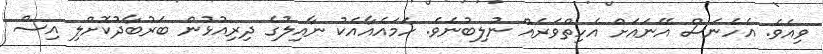
ވިއެވެ. އެހެނަސް އޭނައަށް އެހިތްވަރެއް ނުލިބުނެވެ. ހަމައެއާއެކު ނާއިލުގެ ދިރިއުޅުން ބަރުބާދުކޮށްލި އިސް